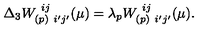
\Delta _ { 3 } W _ { ( p ) \ i ^ { \prime } j ^ { \prime } } ^ { \ i j } ( \mu ) = \lambda _ { p } W _ { ( p ) \ i ^ { \prime } j ^ { \prime } } ^ { \ i j } ( \mu ) .